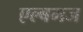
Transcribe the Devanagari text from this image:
एल्बमज